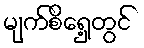
မျက်စိရှေ့တွင်